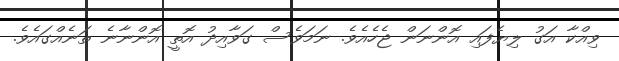
ވިއްކާ އަގު ލިޔެފައި އޮންނަން ޖެހެއެވެ. ނަމަވެސް ގަވާއިދު އޮތީ އޮންނާނެ ތަނެއްގައެވެ.